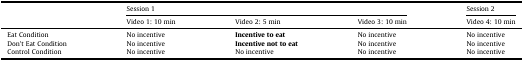
<table><thead><tr><td rowspan="2"></td><td colspan="3"><b>Session 1</b></td><td><b>Session 2</b></td></tr><tr><td><b>Video 1: 10 min</b></td><td><b>Video 2: 5 min</b></td><td><b>Video 3: 10 min</b></td><td><b>Video 4: 10 min</b></td></tr></thead><tbody><tr><td>Eat Condition</td><td>No incentive</td><td><b>Incentive to eat</b></td><td>No incentive</td><td>No incentive</td></tr><tr><td>Don&#x27;t Eat Condition</td><td>No incentive</td><td><b>Incentive not to eat</b></td><td>No incentive</td><td>No incentive</td></tr><tr><td>Control Condition</td><td>No incentive</td><td>No incentive</td><td>No incentive</td><td>No incentive</td></tr></tbody></table>